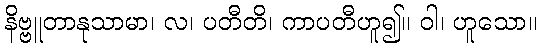
နိဗ္ဗူတာနုသာမာ၊ လ၊ ပတီတိ၊ ကာပတီဟူ၍။ ဝါ၊ ဟူသော။